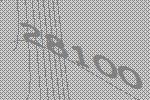
28100